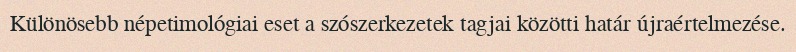
Különösebb népetimológiai eset a szószerkezetek tagjai közötti határ újraértelmezése.